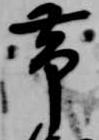
帯